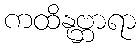
ကထိနုဗ္ဘာရာ